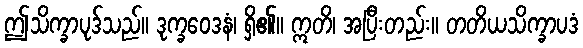
ဤသိက္ခာပုဒ်သည်။ ဒုက္ခဝေဒနံ၊ ရှိ၏။ ဣတိ၊ အပြီးတည်း။ တတိယသိက္ခာပဒံ